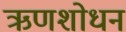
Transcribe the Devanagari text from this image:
ऋणशोधन